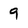
Character: 9